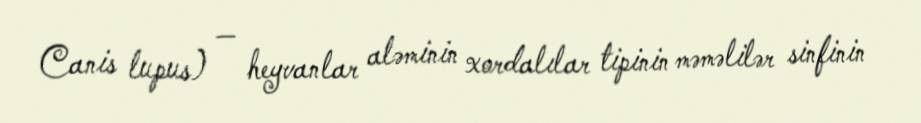
Canis lupus) — heyvanlar aləminin xordalılar tipinin məməlilər sinfinin